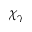
\chi _ { \gamma }